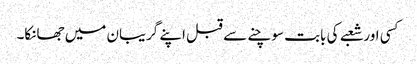
کسی اور شعبے کی بابت سوچنے سے قبل اپنے گریبان میں جھانکا۔